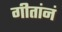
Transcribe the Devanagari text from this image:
गीतांनं